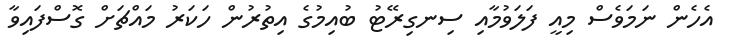
އެހެން ނަމަވެސް މިއީ ފަލަވުމާއި ސިނގިރޭޓު ބުއިމުގެ އިތުރުން ހަކަރު މައްޗަށް ގޮސްފައިވާ